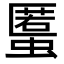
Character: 𧏾